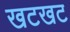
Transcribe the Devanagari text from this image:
खटखट